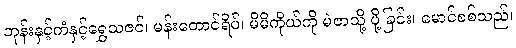
ဘုန်းနှင့်ကံနှင့်ရွှေသဇင်၊ မန်းတောင်ရိပ်၊ မိမိကိုယ်ကို မဲဇာသို့ ပို့ခြင်း၊ မောင်စစ်သည်၊